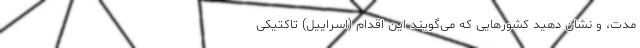
مدت، و نشان دهید کشورهایی که می‌گویند این اقدام (اسراییل) تاکتیکی